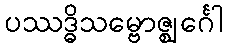
ပဿဒ္ဓိသမ္ဗောဇ္ဈင်္ဂေါ